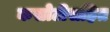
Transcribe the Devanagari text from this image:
कसोटीसहित